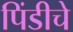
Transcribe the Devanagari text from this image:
पिंडीचे